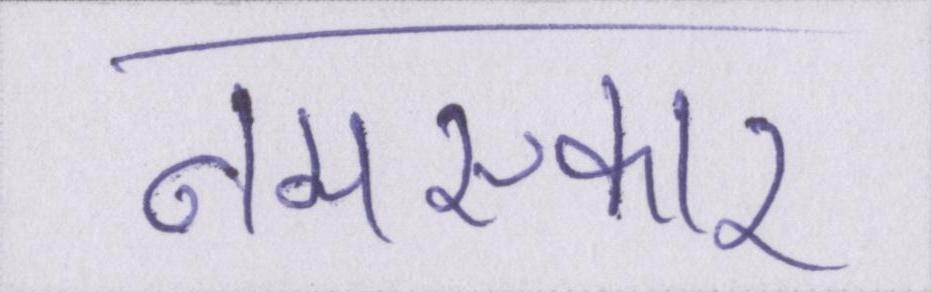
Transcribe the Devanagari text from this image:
नमस्कार